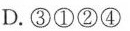
D. ③①②④